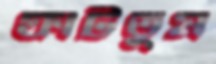
ফাটতুম